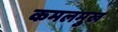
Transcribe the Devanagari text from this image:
कमलमुख